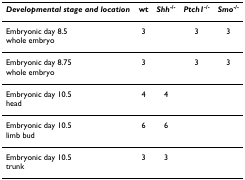
| Developmental stage and location | wt | Shh-/- | Ptch1-/- | Smo-/- |
 | --- | --- | --- | --- | --- |
 | Embryonic day 8.5whole embryo | 3 |  | 3 | 3 |
 | Embryonic day 8.75whole embryo | 3 |  | 3 | 3 |
 | Embryonic day 10.5head | 4 | 4 |  |  |
 | Embryonic day 10.5limb bud | 6 | 6 |  |  |
 | Embryonic day 10.5trunk | 3 | 3 |  |  |